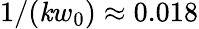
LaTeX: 1/(\mathit{k}w_{0})\approx0.018